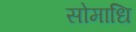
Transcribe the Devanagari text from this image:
सोमाधि